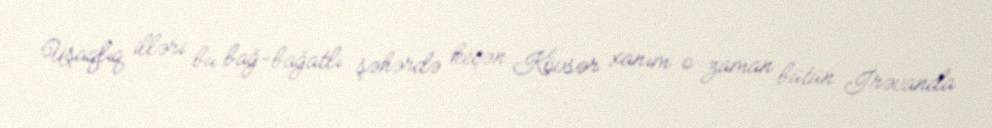
Uşaqlıq illəri bu bağ-bağatlı şəhərdə keçən Kövsər xanım o zaman bütün İrəvanda